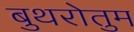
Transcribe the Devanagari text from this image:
बुथरोतुम